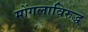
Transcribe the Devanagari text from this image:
मोंगलाविरुद्ध